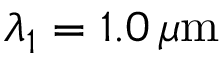
\lambda _ { 1 } = 1 . 0 \, \mu \mathrm { m }